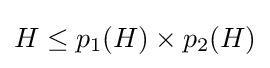
H\leq p_{1}(H)\times p_{2}(H)